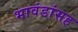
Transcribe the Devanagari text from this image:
भावंडांसह